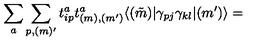
\sum _ { a } \sum _ { p , ( m ) ^ { \prime } } t _ { i p } ^ { a } t _ { ( m ) , ( m ^ { \prime } ) } ^ { a } \langle ( \tilde { m } ) | \gamma _ { p j } \gamma _ { k l } | ( m ^ { \prime } ) \rangle =